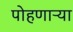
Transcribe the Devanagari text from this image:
पोहणाऱ्या